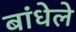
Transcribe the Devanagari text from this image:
बांधेले